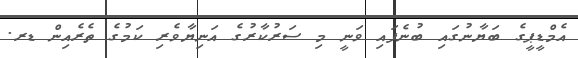
އެމްޑީޕީގެ ބަޔާނުގައި ބުނެފައި ވަނީ މި ސަރުކާރުގެ އަނިޔާވެރި ކަމުގެ ތެރެއިން ޑރ.